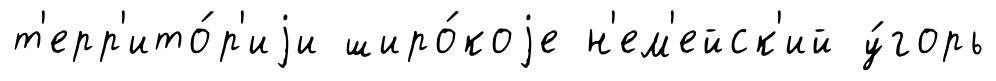
т'ерр'ито́р'иjи широ́коjе н'ем'ейск'ий у́горь